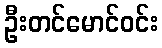
ဦးတင်မောင်ဝင်း